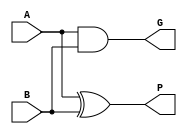
//Input module : Propagation, Generation

module PG_Gen(A, B, P, G);
	input A, B;
	output P, G;
	
	assign P = A ^ B; //propagation
	assign G = A & B; //generation
	
endmodule

module black_cell(Pin1, Pin2, Gin1, Gin2, P, G);
	input Pin1, Pin2, Gin1, Gin2;
	output P, G;
	
	assign P = Pin1 & Pin2;
	assign G = Gin2 | (Pin2 & Gin1);
	
endmodule

module Carry_Gen(P, G, Cin, Cout);
	input P, G, Cin;
	output Cout;
	
	assign Cout = G | (P & Cin);
	
endmodule

module myKSA(A, B, Cin, Sum, Cout);
	//input
	input [15:0] A, B;
	input Cin;
	
	//output
	output [15:0] Sum;
	output Cout;
	
	wire [15:0] P_st_1, G_st_1, P_A, G_A, P_B, G_B, P_C, G_C, P_D, G_D, P_E, G_E;
	wire [16:1] Carry;
	
	
	//PG Generator
	PG_Gen PG_Gen0(.A(A[0]), .B(B[0]), .P(P_st_1[0]), .G(G_st_1[0]));
	PG_Gen PG_Gen1(.A(A[1]), .B(B[1]), .P(P_st_1[1]), .G(G_st_1[1]));
	PG_Gen PG_Gen2(.A(A[2]), .B(B[2]), .P(P_st_1[2]), .G(G_st_1[2]));
	PG_Gen PG_Gen3(.A(A[3]), .B(B[3]), .P(P_st_1[3]), .G(G_st_1[3]));
	PG_Gen PG_Gen4(.A(A[4]), .B(B[4]), .P(P_st_1[4]), .G(G_st_1[4]));
	PG_Gen PG_Gen5(.A(A[5]), .B(B[5]), .P(P_st_1[5]), .G(G_st_1[5]));
	PG_Gen PG_Gen6(.A(A[6]), .B(B[6]), .P(P_st_1[6]), .G(G_st_1[6]));
	PG_Gen PG_Gen7(.A(A[7]), .B(B[7]), .P(P_st_1[7]), .G(G_st_1[7]));
	PG_Gen PG_Gen8(.A(A[8]), .B(B[8]), .P(P_st_1[8]), .G(G_st_1[8]));
	PG_Gen PG_Gen9(.A(A[9]), .B(B[9]), .P(P_st_1[9]), .G(G_st_1[9]));
	PG_Gen PG_Gen10(.A(A[10]), .B(B[10]), .P(P_st_1[10]), .G(G_st_1[10]));
	PG_Gen PG_Gen11(.A(A[11]), .B(B[11]), .P(P_st_1[11]), .G(G_st_1[11]));
	PG_Gen PG_Gen12(.A(A[12]), .B(B[12]), .P(P_st_1[12]), .G(G_st_1[12]));
	PG_Gen PG_Gen13(.A(A[13]), .B(B[13]), .P(P_st_1[13]), .G(G_st_1[13]));
	PG_Gen PG_Gen14(.A(A[14]), .B(B[14]), .P(P_st_1[14]), .G(G_st_1[14]));
	PG_Gen PG_Gen15(.A(A[15]), .B(B[15]), .P(P_st_1[15]), .G(G_st_1[15]));
	
	//Black Cell A
	black_cell BC_A0(.Pin2(P_st_1[0]), .Gin2(G_st_1[0]), .Pin1(1'b0), .Gin1(Cin), .P(P_A[0]), .G(G_A[0]));
	black_cell BC_A1(.Pin2(P_st_1[1]), .Gin2(G_st_1[1]), .Pin1(P_st_1[0]), .Gin1(G_st_1[0]), .P(P_A[1]), .G(G_A[1]));
	black_cell BC_A2(.Pin2(P_st_1[2]), .Gin2(G_st_1[2]), .Pin1(P_st_1[1]), .Gin1(G_st_1[1]), .P(P_A[2]), .G(G_A[2]));
	black_cell BC_A3(.Pin2(P_st_1[3]), .Gin2(G_st_1[3]), .Pin1(P_st_1[2]), .Gin1(G_st_1[2]), .P(P_A[3]), .G(G_A[3]));
	black_cell BC_A4(.Pin2(P_st_1[4]), .Gin2(G_st_1[4]), .Pin1(P_st_1[3]), .Gin1(G_st_1[3]), .P(P_A[4]), .G(G_A[4]));
	black_cell BC_A5(.Pin2(P_st_1[5]), .Gin2(G_st_1[5]), .Pin1(P_st_1[4]), .Gin1(G_st_1[4]), .P(P_A[5]), .G(G_A[5]));
	black_cell BC_A6(.Pin2(P_st_1[6]), .Gin2(G_st_1[6]), .Pin1(P_st_1[5]), .Gin1(G_st_1[5]), .P(P_A[6]), .G(G_A[6]));
	black_cell BC_A7(.Pin2(P_st_1[7]), .Gin2(G_st_1[7]), .Pin1(P_st_1[6]), .Gin1(G_st_1[6]), .P(P_A[7]), .G(G_A[7]));
	black_cell BC_A8(.Pin2(P_st_1[8]), .Gin2(G_st_1[8]), .Pin1(P_st_1[7]), .Gin1(G_st_1[7]), .P(P_A[8]), .G(G_A[8]));
	black_cell BC_A9(.Pin2(P_st_1[9]), .Gin2(G_st_1[9]), .Pin1(P_st_1[8]), .Gin1(G_st_1[8]), .P(P_A[9]), .G(G_A[9]));
	black_cell BC_A10(.Pin2(P_st_1[10]), .Gin2(G_st_1[10]), .Pin1(P_st_1[9]), .Gin1(G_st_1[9]), .P(P_A[10]), .G(G_A[10]));
	black_cell BC_A11(.Pin2(P_st_1[11]), .Gin2(G_st_1[11]), .Pin1(P_st_1[10]), .Gin1(G_st_1[10]), .P(P_A[11]), .G(G_A[11]));
	black_cell BC_A12(.Pin2(P_st_1[12]), .Gin2(G_st_1[12]), .Pin1(P_st_1[11]), .Gin1(G_st_1[11]), .P(P_A[12]), .G(G_A[12]));
	black_cell BC_A13(.Pin2(P_st_1[13]), .Gin2(G_st_1[13]), .Pin1(P_st_1[12]), .Gin1(G_st_1[12]), .P(P_A[13]), .G(G_A[13]));
	black_cell BC_A14(.Pin2(P_st_1[14]), .Gin2(G_st_1[14]), .Pin1(P_st_1[13]), .Gin1(G_st_1[13]), .P(P_A[14]), .G(G_A[14]));
	black_cell BC_A15(.Pin2(P_st_1[15]), .Gin2(G_st_1[15]), .Pin1(P_st_1[14]), .Gin1(G_st_1[14]), .P(P_A[15]), .G(G_A[15]));
	
	//Black Cell B
	black_cell BC_B1(.Pin2(P_A[1]), .Gin2(G_A[1]), .Pin1(1'b0), .Gin1(Cin), .P(P_B[1]), .G(G_B[1]));
	black_cell BC_B2(.Pin2(P_A[2]), .Gin2(G_A[2]), .Pin1(P_A[0]), .Gin1(G_A[0]), .P(P_B[2]), .G(G_B[2]));
	black_cell BC_B3(.Pin2(P_A[3]), .Gin2(G_A[3]), .Pin1(P_A[1]), .Gin1(G_A[1]), .P(P_B[3]), .G(G_B[3]));
	black_cell BC_B4(.Pin2(P_A[4]), .Gin2(G_A[4]), .Pin1(P_A[2]), .Gin1(G_A[2]), .P(P_B[4]), .G(G_B[4]));
	black_cell BC_B5(.Pin2(P_A[5]), .Gin2(G_A[5]), .Pin1(P_A[3]), .Gin1(G_A[3]), .P(P_B[5]), .G(G_B[5]));
	black_cell BC_B6(.Pin2(P_A[6]), .Gin2(G_A[6]), .Pin1(P_A[4]), .Gin1(G_A[4]), .P(P_B[6]), .G(G_B[6]));
	black_cell BC_B7(.Pin2(P_A[7]), .Gin2(G_A[7]), .Pin1(P_A[5]), .Gin1(G_A[5]), .P(P_B[7]), .G(G_B[7]));
	black_cell BC_B8(.Pin2(P_A[8]), .Gin2(G_A[8]), .Pin1(P_A[6]), .Gin1(G_A[6]), .P(P_B[8]), .G(G_B[8]));
	black_cell BC_B9(.Pin2(P_A[9]), .Gin2(G_A[9]), .Pin1(P_A[7]), .Gin1(G_A[7]), .P(P_B[9]), .G(G_B[9]));
	black_cell BC_B10(.Pin2(P_A[10]), .Gin2(G_A[10]), .Pin1(P_A[8]), .Gin1(G_A[8]), .P(P_B[10]), .G(G_B[10]));
	black_cell BC_B11(.Pin2(P_A[11]), .Gin2(G_A[11]), .Pin1(P_A[9]), .Gin1(G_A[9]), .P(P_B[11]), .G(G_B[11]));
	black_cell BC_B12(.Pin2(P_A[12]), .Gin2(G_A[12]), .Pin1(P_A[10]), .Gin1(G_A[10]), .P(P_B[12]), .G(G_B[12]));
	black_cell BC_B13(.Pin2(P_A[13]), .Gin2(G_A[13]), .Pin1(P_A[11]), .Gin1(G_A[11]), .P(P_B[13]), .G(G_B[13]));
	black_cell BC_B14(.Pin2(P_A[14]), .Gin2(G_A[14]), .Pin1(P_A[12]), .Gin1(G_A[12]), .P(P_B[14]), .G(G_B[14]));
	black_cell BC_B15(.Pin2(P_A[15]), .Gin2(G_A[15]), .Pin1(P_A[13]), .Gin1(G_A[13]), .P(P_B[15]), .G(G_B[15]));
	
	//Black Cell C
	black_cell BC_C3(.Pin2(P_B[3]), .Gin2(G_B[3]), .Pin1(1'b0), .Gin1(Cin), .P(P_C[3]), .G(G_C[3]));
	black_cell BC_C4(.Pin2(P_B[4]), .Gin2(G_B[4]), .Pin1(P_A[0]), .Gin1(G_A[0]), .P(P_C[4]), .G(G_C[4]));
	black_cell BC_C5(.Pin2(P_B[5]), .Gin2(G_B[5]), .Pin1(P_B[1]), .Gin1(G_B[1]), .P(P_C[5]), .G(G_C[5]));
	black_cell BC_C6(.Pin2(P_B[6]), .Gin2(G_B[6]), .Pin1(P_B[2]), .Gin1(G_B[2]), .P(P_C[6]), .G(G_C[6]));
	black_cell BC_C7(.Pin2(P_B[7]), .Gin2(G_B[7]), .Pin1(P_B[3]), .Gin1(G_B[3]), .P(P_C[7]), .G(G_C[7]));
	black_cell BC_C8(.Pin2(P_B[8]), .Gin2(G_B[8]), .Pin1(P_B[4]), .Gin1(G_B[4]), .P(P_C[8]), .G(G_C[8]));
	black_cell BC_C9(.Pin2(P_B[9]), .Gin2(G_B[9]), .Pin1(P_B[5]), .Gin1(G_B[5]), .P(P_C[9]), .G(G_C[9]));
	black_cell BC_C10(.Pin2(P_B[10]), .Gin2(G_B[10]), .Pin1(P_B[6]), .Gin1(G_B[6]), .P(P_C[10]), .G(G_C[10]));
	black_cell BC_C11(.Pin2(P_B[11]), .Gin2(G_B[11]), .Pin1(P_B[7]), .Gin1(G_B[7]), .P(P_C[11]), .G(G_C[11]));
	black_cell BC_C12(.Pin2(P_B[12]), .Gin2(G_B[12]), .Pin1(P_B[8]), .Gin1(G_B[8]), .P(P_C[12]), .G(G_C[12]));
	black_cell BC_C13(.Pin2(P_B[13]), .Gin2(G_B[13]), .Pin1(P_B[9]), .Gin1(G_B[9]), .P(P_C[13]), .G(G_C[13]));
	black_cell BC_C14(.Pin2(P_B[14]), .Gin2(G_B[14]), .Pin1(P_B[10]), .Gin1(G_B[10]), .P(P_C[14]), .G(G_C[14]));
	black_cell BC_C15(.Pin2(P_B[15]), .Gin2(G_B[15]), .Pin1(P_B[11]), .Gin1(G_B[11]), .P(P_C[15]), .G(G_C[15]));
	
	//Black Cell D
	black_cell BC_D7(.Pin2(P_C[7]), .Gin2(G_C[7]), .Pin1(1'b0), .Gin1(Cin), .P(P_D[7]), .G(G_D[7]));
	black_cell BC_D8(.Pin2(P_C[8]), .Gin2(G_C[8]), .Pin1(P_A[0]), .Gin1(G_A[0]), .P(P_D[8]), .G(G_D[8]));
	black_cell BC_D9(.Pin2(P_C[9]), .Gin2(G_C[9]), .Pin1(P_B[1]), .Gin1(G_B[1]), .P(P_D[9]), .G(G_D[9]));
	black_cell BC_D10(.Pin2(P_C[10]), .Gin2(G_C[10]), .Pin1(P_B[2]), .Gin1(G_B[2]), .P(P_D[10]), .G(G_D[10]));
	black_cell BC_D11(.Pin2(P_C[11]), .Gin2(G_C[11]), .Pin1(P_C[3]), .Gin1(G_C[3]), .P(P_D[11]), .G(G_D[11]));
	black_cell BC_D12(.Pin2(P_C[12]), .Gin2(G_C[12]), .Pin1(P_C[4]), .Gin1(G_C[4]), .P(P_D[12]), .G(G_D[12]));
	black_cell BC_D13(.Pin2(P_C[13]), .Gin2(G_C[13]), .Pin1(P_C[5]), .Gin1(G_C[5]), .P(P_D[13]), .G(G_D[13]));
	black_cell BC_D14(.Pin2(P_C[14]), .Gin2(G_C[14]), .Pin1(P_C[6]), .Gin1(G_C[6]), .P(P_D[14]), .G(G_D[14]));
	black_cell BC_D15(.Pin2(P_C[15]), .Gin2(G_C[15]), .Pin1(P_C[7]), .Gin1(G_C[7]), .P(P_D[15]), .G(G_D[15]));
	
	//Black Cell E
	black_cell BC_E15(.Pin2(P_D[15]), .Gin2(G_D[15]), .Pin1(1'b0), .Gin1(Cin), .P(P_E[15]), .G(G_E[15]));
	
	//Carry Genration
	Carry_Gen carry_1(.P(P_A[0]), .G(G_A[0]), .Cin(Cin), .Cout(Carry[1]));
	Carry_Gen carry_2(.P(P_B[1]), .G(G_B[1]), .Cin(Cin), .Cout(Carry[2]));
	Carry_Gen carry_3(.P(P_B[2]), .G(G_B[2]), .Cin(Cin), .Cout(Carry[3]));
	Carry_Gen carry_4(.P(P_C[3]), .G(G_C[3]), .Cin(Cin), .Cout(Carry[4]));
	Carry_Gen carry_5(.P(P_C[4]), .G(G_C[4]), .Cin(Cin), .Cout(Carry[5]));
	Carry_Gen carry_6(.P(P_C[5]), .G(G_C[5]), .Cin(Cin), .Cout(Carry[6]));
	Carry_Gen carry_7(.P(P_C[6]), .G(G_C[6]), .Cin(Cin), .Cout(Carry[7]));
	Carry_Gen carry_8(.P(P_D[7]), .G(G_D[7]), .Cin(Cin), .Cout(Carry[8]));
	Carry_Gen carry_9(.P(P_D[8]), .G(G_D[8]), .Cin(Cin), .Cout(Carry[9]));
	Carry_Gen carry_10(.P(P_D[9]), .G(G_D[9]), .Cin(Cin), .Cout(Carry[10]));
	Carry_Gen carry_11(.P(P_D[10]), .G(G_D[10]), .Cin(Cin), .Cout(Carry[11]));
	Carry_Gen carry_12(.P(P_D[11]), .G(G_D[11]), .Cin(Cin), .Cout(Carry[12]));
	Carry_Gen carry_13(.P(P_D[12]), .G(G_D[12]), .Cin(Cin), .Cout(Carry[13]));
	Carry_Gen carry_14(.P(P_D[13]), .G(G_D[13]), .Cin(Cin), .Cout(Carry[14]));
	Carry_Gen carry_15(.P(P_D[14]), .G(G_D[14]), .Cin(Cin), .Cout(Carry[15]));
	Carry_Gen carry_16(.P(P_D[15]), .G(G_D[15]), .Cin(Cin), .Cout(Carry[16]));
	
	//Sum
	assign Sum[0] = Cin ^ P_st_1[0];
	assign Sum[1] = Carry[1] ^ P_st_1[1];
	assign Sum[2] = Carry[2] ^ P_st_1[2];
	assign Sum[3] = Carry[3] ^ P_st_1[3];
	assign Sum[4] = Carry[4] ^ P_st_1[4];
	assign Sum[5] = Carry[5] ^ P_st_1[5];
	assign Sum[6] = Carry[6] ^ P_st_1[6];
	assign Sum[7] = Carry[7] ^ P_st_1[7];
	assign Sum[8] = Carry[8] ^ P_st_1[8];
	assign Sum[9] = Carry[9] ^ P_st_1[9];
	assign Sum[10] = Carry[10] ^ P_st_1[10];
	assign Sum[11] = Carry[11] ^ P_st_1[11];
	assign Sum[12] = Carry[12] ^ P_st_1[12];
	assign Sum[13] = Carry[13] ^ P_st_1[13];
	assign Sum[14] = Carry[14] ^ P_st_1[14];
	assign Sum[15] = Carry[15] ^ P_st_1[15];
	
	assign Cout = Carry[16];
endmodule